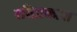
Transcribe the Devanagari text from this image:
रविप्रकाश